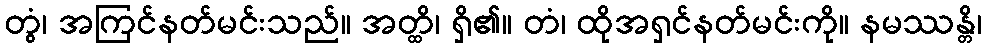
တွံ၊ အကြင်နတ်မင်းသည်။ အတ္ထိ၊ ရှိ၏။ တံ၊ ထိုအရှင်နတ်မင်းကို။ နမဿန္တိ၊